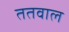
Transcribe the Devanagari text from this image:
ततवाल